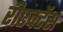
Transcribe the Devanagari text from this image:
रीएक्टेंस